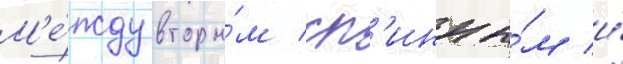
М'е́жду вторы́м сп'инны́м и́